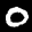
Label: 0